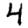
Digit: 4